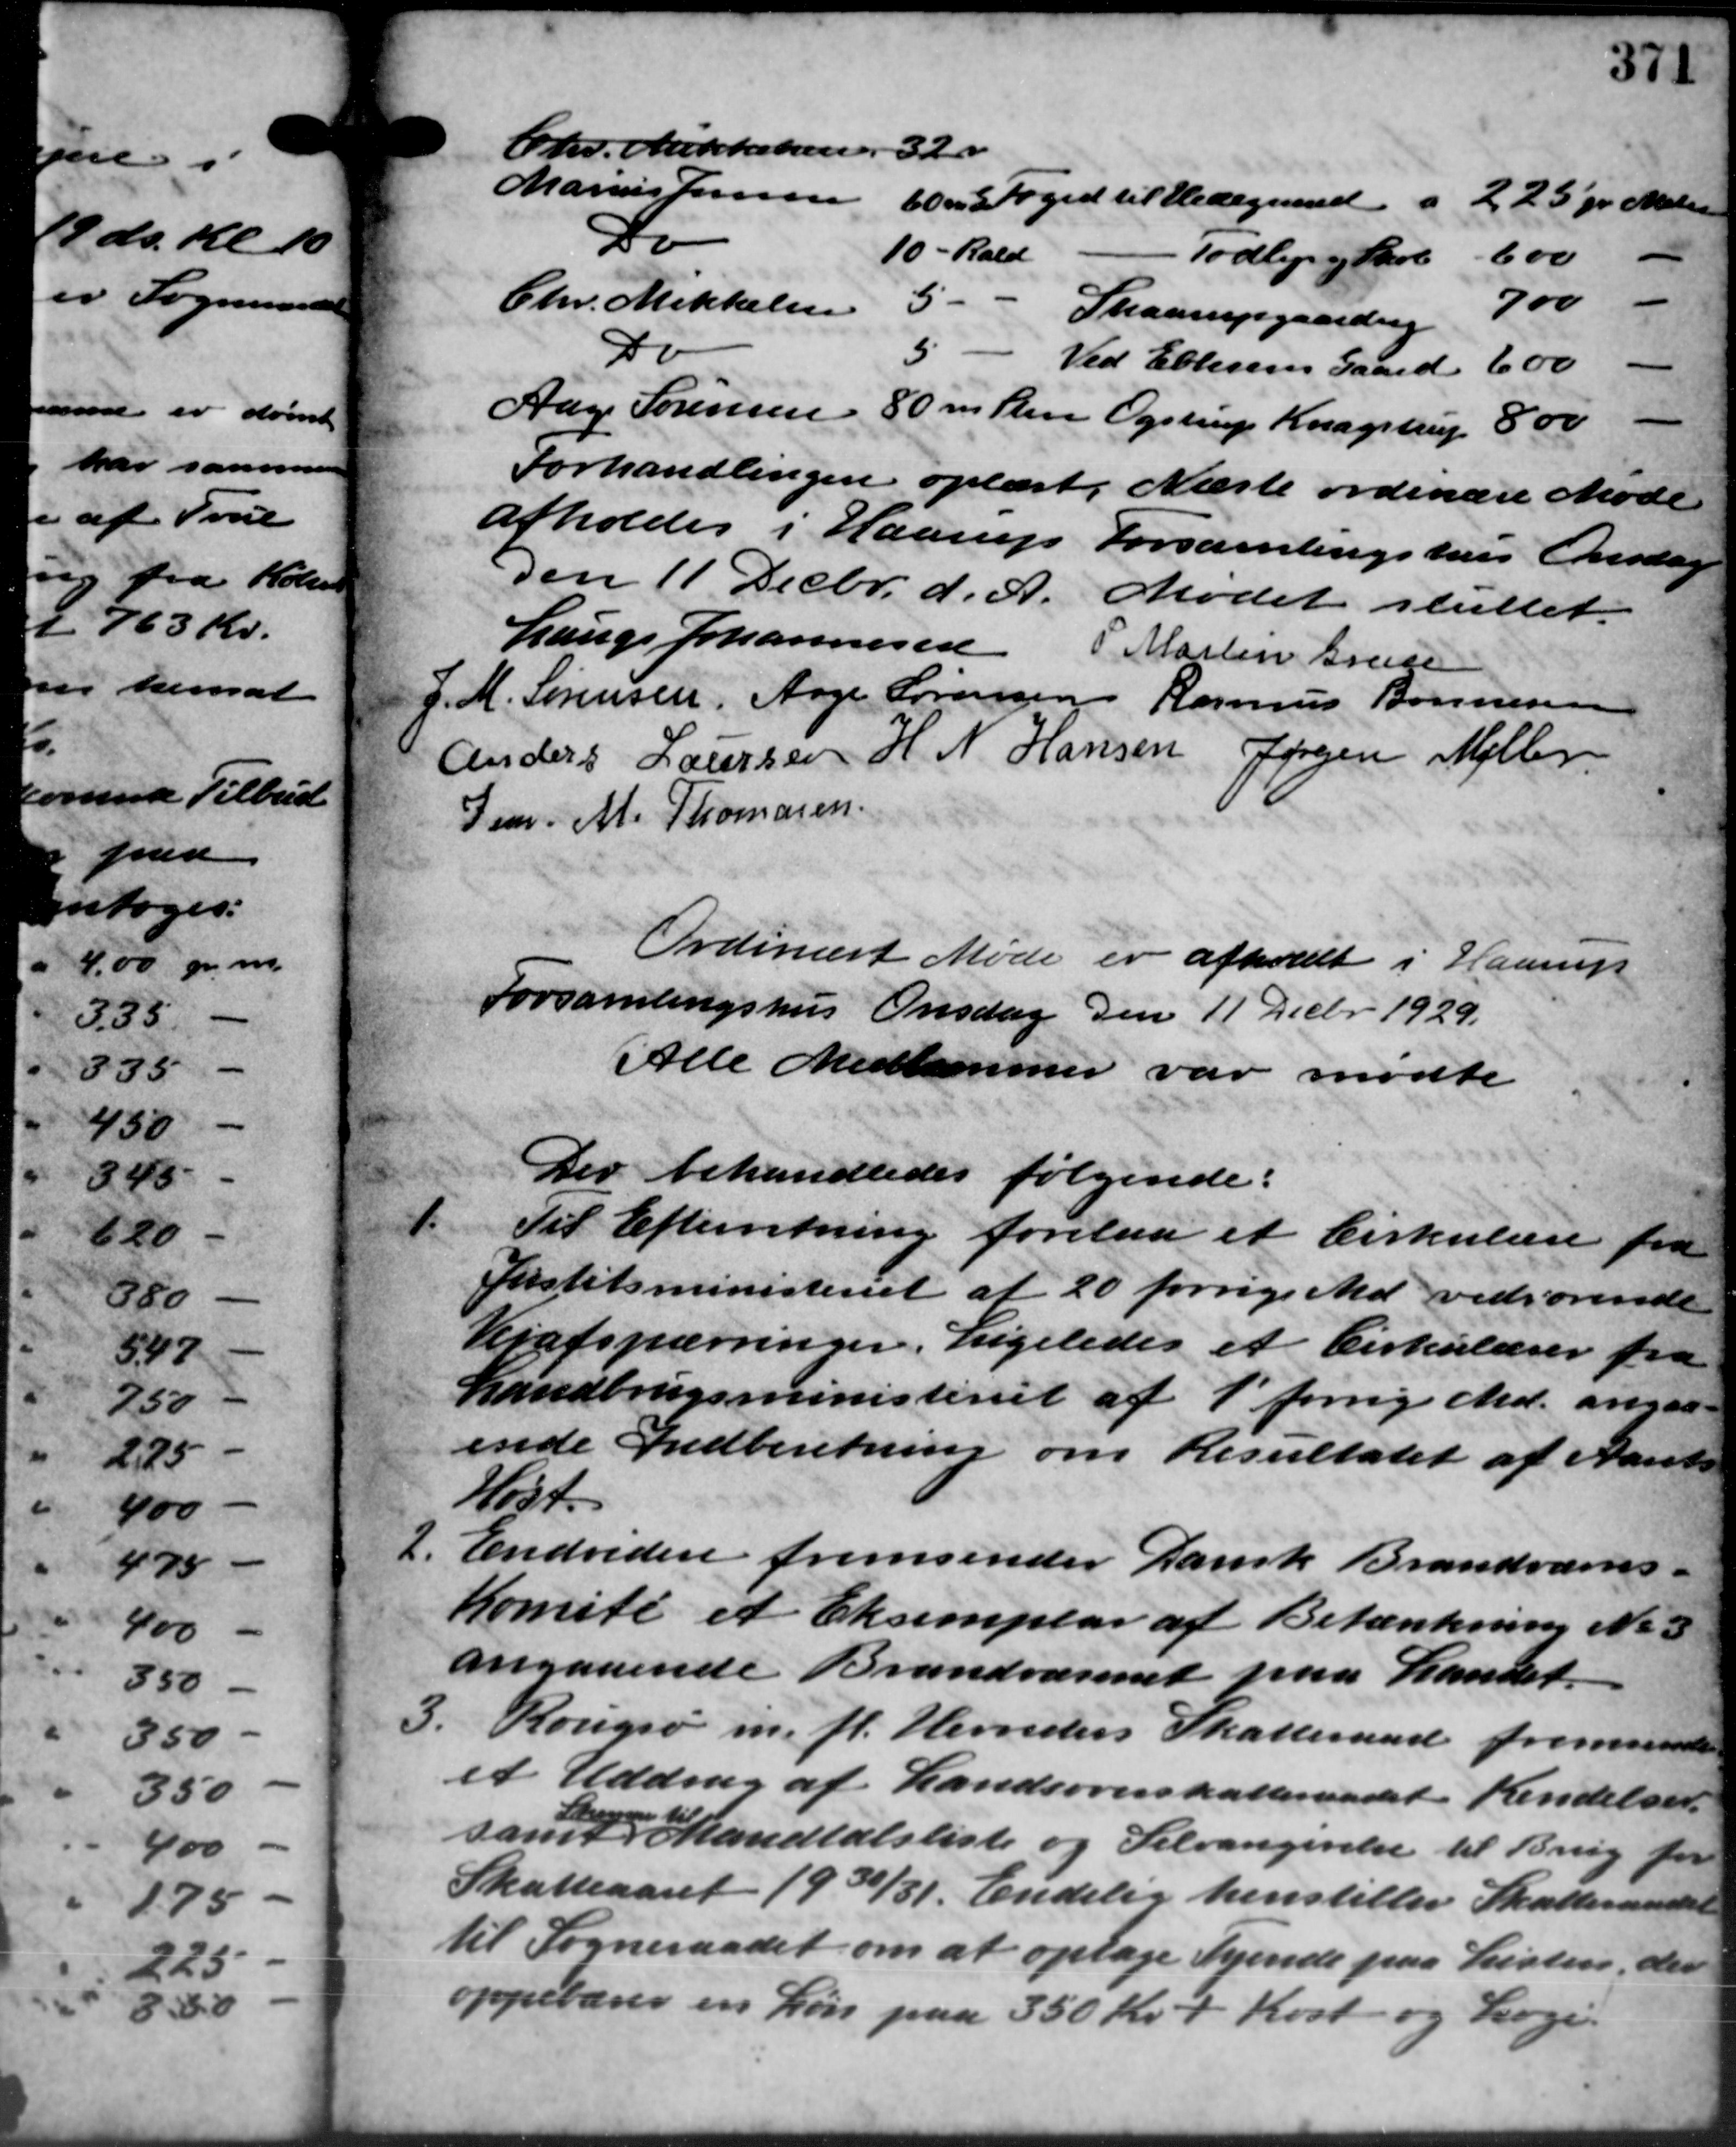
Transskription:
Chr. Mikkelsen, 320
Marius Jensen
60. Foged til Hedegaard
"
225 pr Matr.
Do
10 - Rald
"
 Todbjerg Skole
-
600
-
5-
Chr. Mikkelsen
Skaarupgaarden 700
5 -
Do
Ved Ellesens Gaard 600
Aage Sørensen 80 m Stene Opstrup Kragstrup 8,00
Forhandlingen oplæst. Næste ordinære Møde
afholdes i Haarup Forsamlingshus Onsdag
den 11 Decbr. d. A. Mødet sluttet.
Lauge Johannesen Martin Grude
J. M. Sørensen, Aage Sørensen Rasmus Bonnesen
Anders Laursen H. N. Hansen Jørgen Møller
Gen. M. Thomasen
Ordinært Møde er afholdt i Haarup
Forsamlingshus Onsdag den 11 Decbr. 1929.
Alle Medlemmer var mødte.
Der behandledes følgende:
1. Til Efterretning forelaa et Cirkulære fra
1. Til Efterretning forelaa et Cirkulære fra
Justitsministeriet af 20 forrige Md. vedrørende
Vejafspærringer. Ligeledes et Cirkulærer fra
Landbrugsministeriet af 1´forrig Md. angaa-
ende Indberetning om Resultatet af Aaret
Ust
2.
Endvidere fremsender Dansk Brandværns-
Komite et Eksemplar af Betænkning No 3
angaaende Brandvæsenet paa Landet.
3.
Rougsø m. fl. Herreders Skatteraad fremsende
et Uddrag af Landsoverskatteraadet Kendelser.
2
samt handtalsliste og Selvangivelse til Brug for
Skatteaaret 1930/31. Endelig henstiller Skatteraadet
til Sogneraadet om at optage Tyende paa Listen, der
oppebærer en Løn paa 350 Kr. + Kost og Loge.